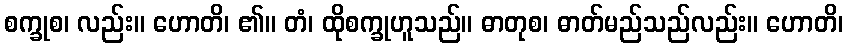
စက္ခုစ၊ လည်း။ ဟောတိ၊ ၏။ တံ၊ ထိုစက္ခုဟူသည်။ ဓာတုစ၊ ဓာတ်မည်သည်လည်း။ ဟောတိ၊